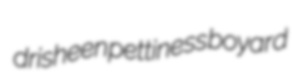
drisheen pettiness boyard